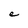
Character: e